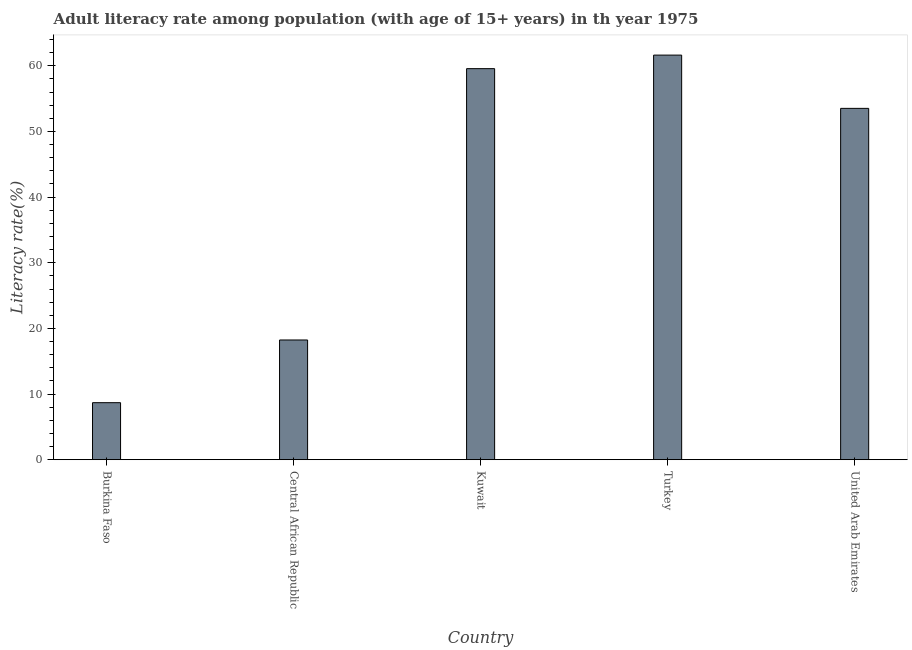
| Country | Adult literacy rate |
 | --- | --- |
 | Burkina Faso | 8.69 |
 | Central African Republic | 18.2 |
 | Kuwait | 59.6 |
 | Turkey | 61.6 |
 | United Arab Emirates | 53.5 |